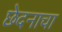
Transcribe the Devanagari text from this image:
छेदनाचा